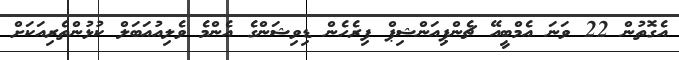
އެގޮތުން 22 ވަނަ އެމްބީއޭ ޗެންޕިއަންޝިޕް ފިރެހެން ޑިވިޝަންގެ އެންމެ ވެލިއުއަބަލް ކުޅުންތެރިއަކަށް